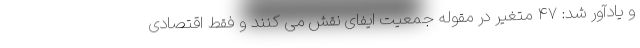
و یادآور شد: ۴۷ متغیر در مقوله جمعیت ایفای نقش می کنند و فقط اقتصادی